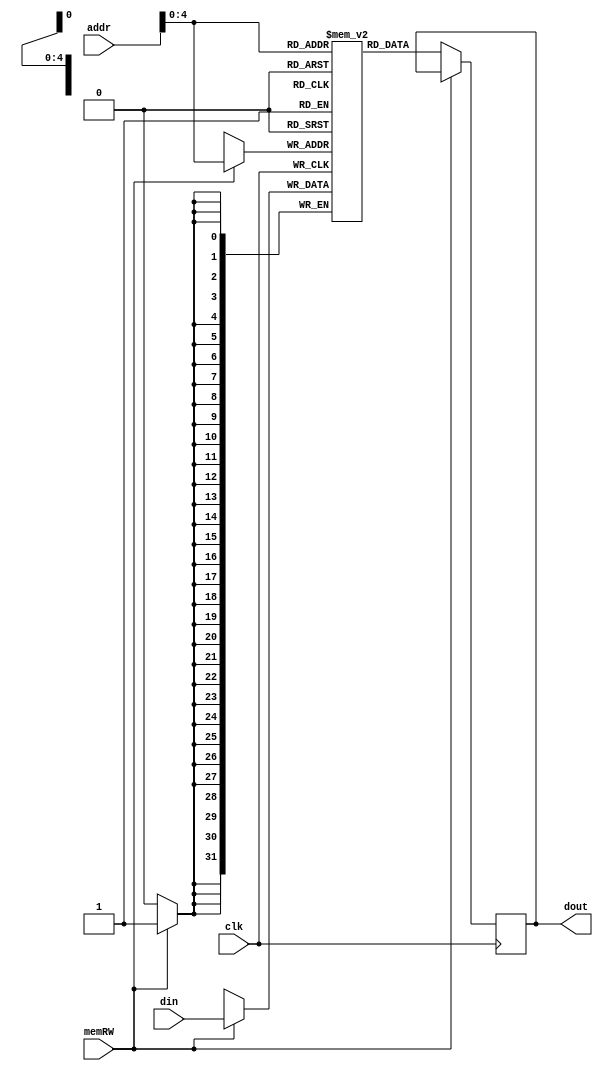
module DMem(
    input [31:0] addr,
    input [31:0] din,
    input clk,
    input memRW,
    output reg [31:0] dout
);

reg [31:0] mem [0:31];
//reg [255:0] c1 [0:7];

always @(posedge clk) begin
    if (memRW == 1) begin
        mem[addr] <= din;
    end
    else begin
        dout <= mem[addr];
    end
end


endmodule